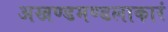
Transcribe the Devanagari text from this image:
अखण्डमण्डलाकारं